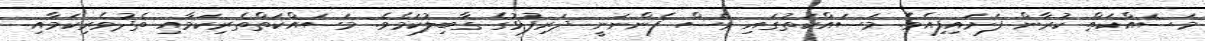
މަސައްކަތް ކުރާން ފަށައިފިއެވެ. މަސައްކަތުގައި ވެސް ފެންނަނީ ދަރިފުޅުގެ ގާބިލުކަމެވެ. މަސައްކަތްތެރިކަމާއި ތެދުވެރިކަމާއި